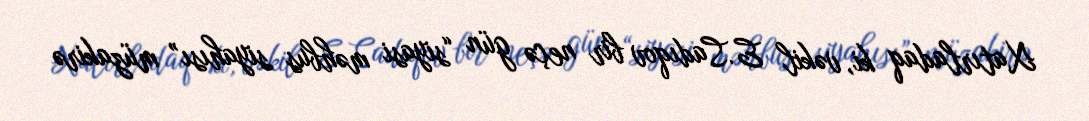
Xatırladaq ki, vəkil E.Sadıqov bir neçə gün “siyasi məhbus siyahısı” müzakirə